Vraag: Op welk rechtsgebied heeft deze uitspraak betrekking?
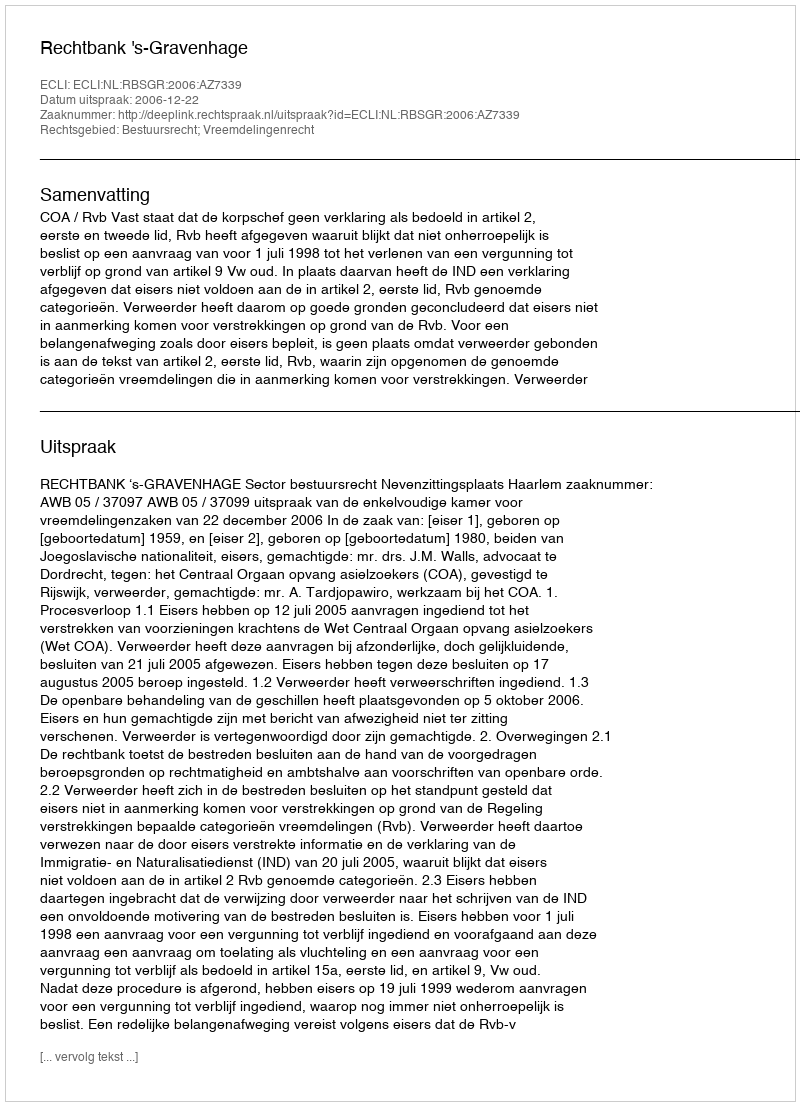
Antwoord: Bestuursrecht; Vreemdelingenrecht